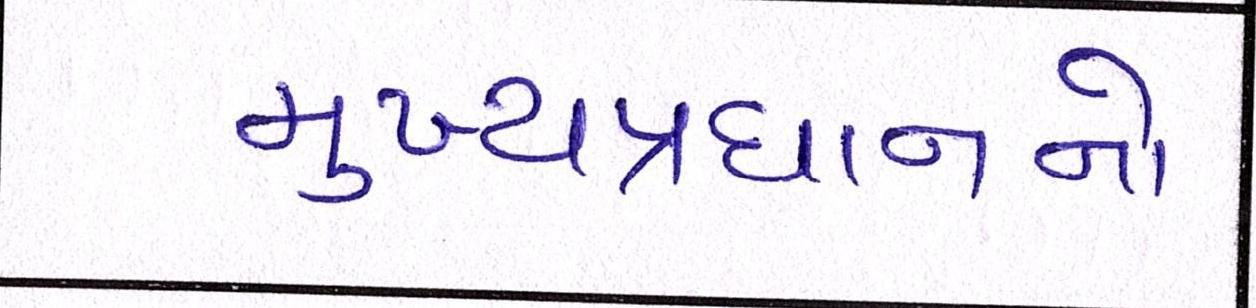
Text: મુખ્યપ્રધાનનો